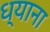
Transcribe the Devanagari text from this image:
ध्याना